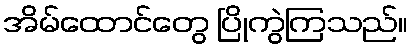
အိမ်ထောင်တွေ ပြိုကွဲကြသည်။